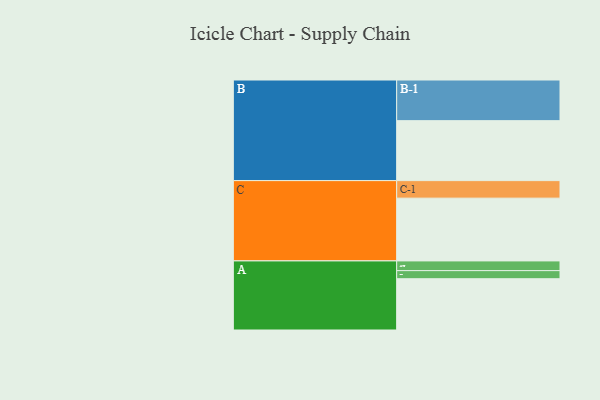
{"axis": {"x": "Segment", "y": "Value"}, "legend": ["", "A", "B", "C"], "data": [{"x": "A", "y": 348, "type": ""}, {"x": "B", "y": 407, "type": ""}, {"x": "C", "y": 426, "type": ""}, {"x": "A-1", "y": 55, "type": "A"}, {"x": "A-2", "y": 66, "type": "A"}, {"x": "B-1", "y": 276, "type": "B"}, {"x": "C-1", "y": 119, "type": "C"}]}